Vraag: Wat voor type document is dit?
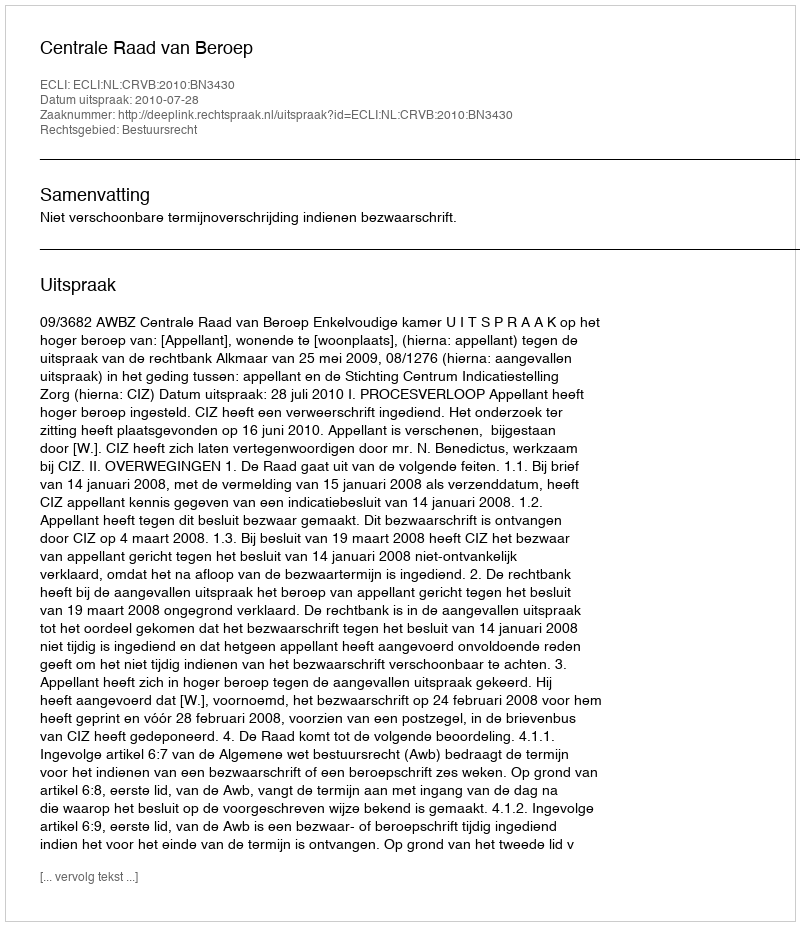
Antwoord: Uitspraak